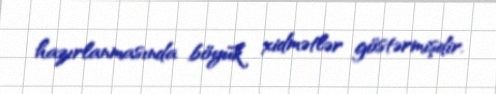
hazırlanmasında böyük xidmətlər göstərmişdir.